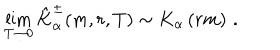
\lim _ { T \rightarrow 0 } \hat { K } _ { \alpha } ^ { \pm } ( m , r , T ) \sim K _ { \alpha } \left( r m \right) \, .